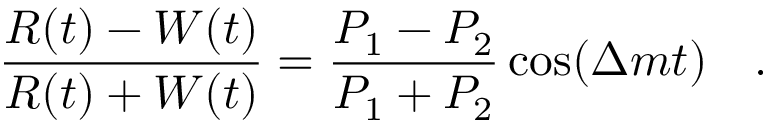
\frac { R ( t ) - W ( t ) } { R ( t ) + W ( t ) } = \frac { P _ { 1 } - P _ { 2 } } { P _ { 1 } + P _ { 2 } } \cos ( \Delta m t ) ~ ~ ~ .